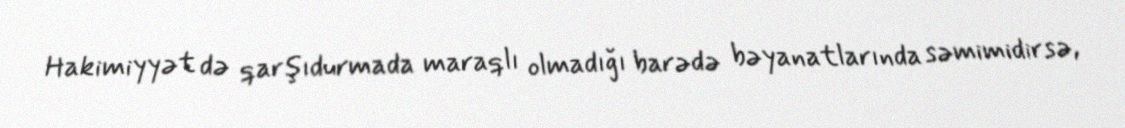
Hakimiyyət də qarşıdurmada maraqlı olmadığı barədə bəyanatlarında səmimidirsə,